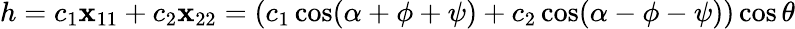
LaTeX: h=c_{1}\mathbf{x}_{11}+c_{2}\mathbf{x}_{22}=(c_{1}\cos(\alpha+\phi+\psi)+c_{2}\cos(\alpha-\phi-\psi))\cos\theta